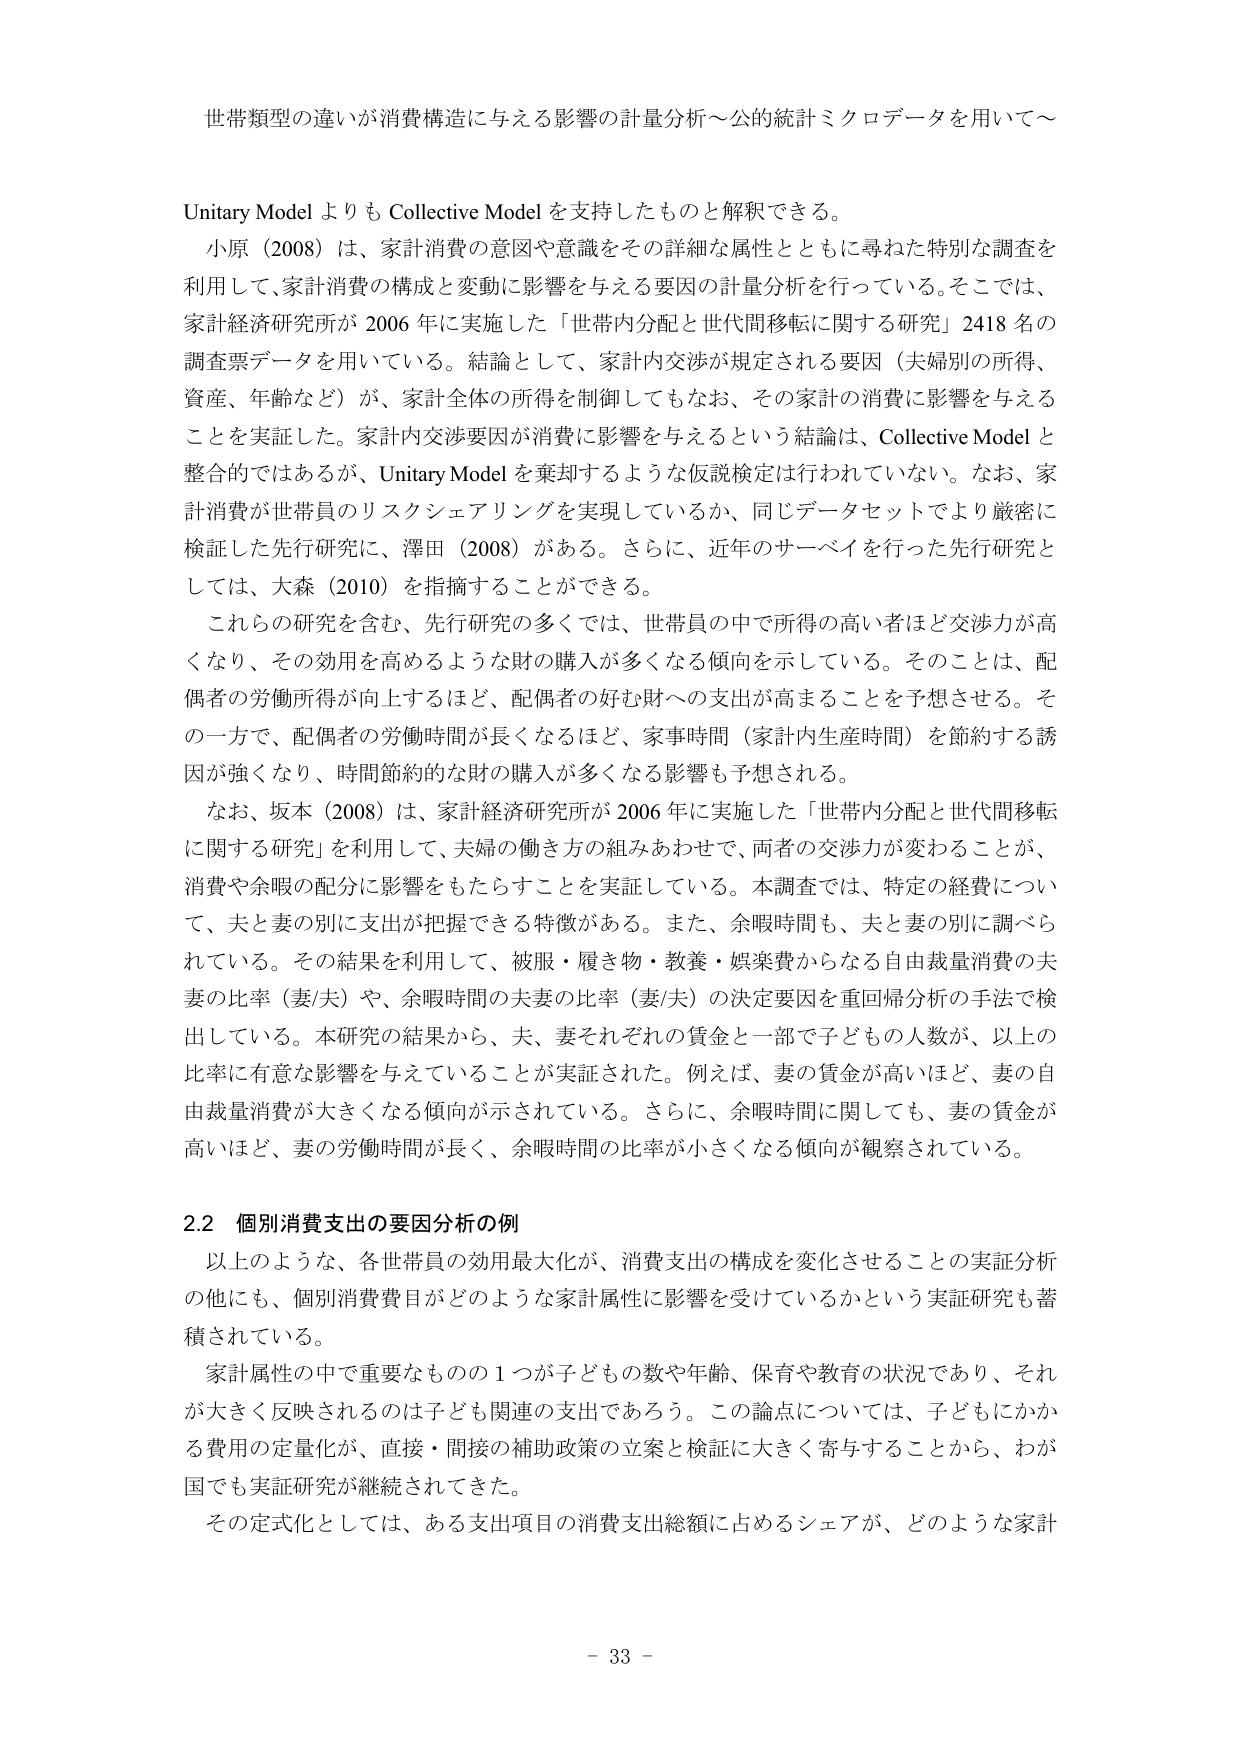
世帯類型の違いが消費構造に与える影響の計量分析～公的統計ミクロデータを用いて～

Unitary Model よりも Collective Model を支持したものと解釈できる。

小原（2008）は、家計消費の意図や意識をその詳細な属性とともに尋ねた特別な調査を利用して、家計消費の構成と変動に影響を与える要因の計量分析を行っている。そこでは、家計経済研究所が 2006 年に実施した「世帯内分配と世代間移転に関する研究」2418 名の調査票データを用いている。結論として、家計内交渉が規定される要因（夫婦別の所得、資産、年齢など）が、家計全体の所得を制御してもなお、その家計の消費に影響を与えることを実証した。家計内交渉要因が消費に影響を与えるという結論は、Collective Model と整合的ではあるが、Unitary Model を棄却するような仮説検定は行われていない。なお、家計消費が世帯員のリスクシェアリングを実現しているか、同じデータセットでより厳密に検証した先行研究に、澤田（2008）がある。さらに、近年のサーベイを行った先行研究としては、大森（2010）を指摘することができる。

これらの研究を含む、先行研究の多くでは、世帯員の中で所得の高い者ほど交渉力が高くなり、その効用を高めるような財の購入が多くなる傾向を示している。そのことは、配偶者の労働所得が向上するほど、配偶者の好む財への支出が高まることを予想させる。その一方で、配偶者の労働時間が長くなるほど、家事時間（家計内生産時間）を節約する誘因が強くなり、時間節約的な財の購入が多くなる影響も予想される。

なお、坂本（2008）は、家計経済研究所が 2006 年に実施した「世帯内分配と世代間移転に関する研究」を利用して、夫婦の働き方の組みあわせで、両者の交渉力が変わることが、消費や余暇の配分に影響をもたらすことを実証している。本調査では、特定の経費について、夫と妻の別に支出が把握できる特徴がある。また、余暇時間も、夫と妻の別に調べられている。その結果を利用して、被服・履き物・教養・娯楽費からなる自由裁量消費の夫妻の比率（妻/夫）や、余暇時間の夫妻の比率（妻/夫）の決定要因を重回帰分析の手法で検出している。本研究の結果から、夫、妻それぞれの賃金と一部子どもの人数が、以上の比率に有意な影響を与えていることが実証された。例えば、妻の賃金が高いほど、妻の自由裁量消費が大きくなる傾向が示されている。さらに、余暇時間に関しても、妻の賃金が高いほど、妻の労働時間が長く、余暇時間の比率が小さくなる傾向が観察されている。

2.2 個別消費支出の要因分析の例

以上のような、各世帯員の効用最大化が、消費支出の構成を変化させることの実証分析の他にも、個別消費費目がどのような家計属性に影響を受けているかという実証研究も蓄積されている。

家計属性の中で重要なものの１つが子どもの数や年齢、保育や教育の状況であり、それが大きく反映されるのは子ども関連の支出であろう。この論点については、子どもにかかる費用の定量化が、直接・間接の補助政策の立案と検証に大きく寄与することから、わが国でも実証研究が継続されてきた。

その定式化としては、ある支出項目の消費支出総額に占めるシェアが、どのような家計

- 33 -